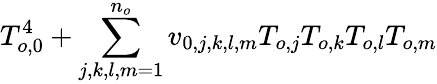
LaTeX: T_{o,0}^{4}+\sum_{j,k,l,m=1}^{n_{o}}v_{0,j,k,l,m}T_{o,j}T_{o,k}T_{o,l}T_{o,m}